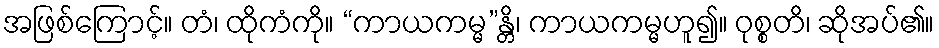
အဖြစ်ကြောင့်။ တံ၊ ထိုကံကို။ “ကာယကမ္မ”န္တိ၊ ကာယကမ္မဟူ၍။ ဝုစ္စတိ၊ ဆိုအပ်၏။